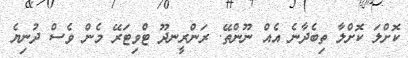
ކޮށްލަ ކޮށްލާ ތިބެދާނެ އެއް ނޫންތޭ. ރަންރީނދޫ ޓްވިޓަރޭ މެން ވެސް ދުނިޔެ